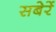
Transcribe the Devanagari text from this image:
सबेरें